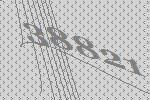
38821